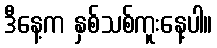
ဒီနေ့က နှစ်သစ်ကူးနေ့ပါ။